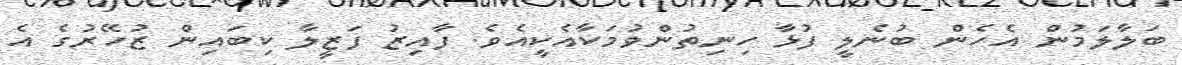
ބަލާލަމުން އެހެން ބުނެލީ ފުޅާ ހިނިތުންވުމަކާއެކީއެވެ. ފާއިޒު ފަޒީލާ ކިބައިން ޒުހޭރުގެ އެ